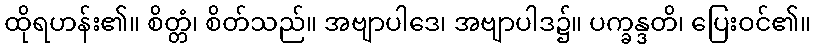
ထိုရဟန်း၏။ စိတ္တံ၊ စိတ်သည်။ အဗျာပါဒေ၊ အဗျာပါဒ၌။ ပက္ခန္ဒတိ၊ ပြေးဝင်၏။